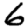
Digit: 6